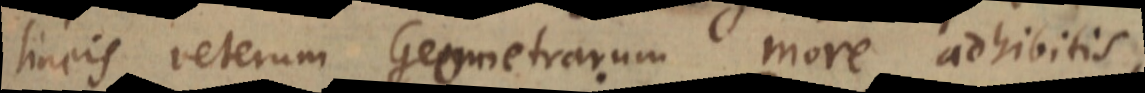
lineis veterum Geometrarum more adhibitis,